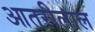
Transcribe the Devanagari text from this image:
आतरीलाल